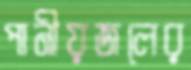
পানীয়জলের